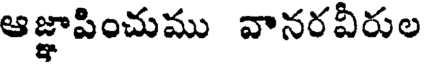
ఆజ్ఞాపించుము వానరవీరుల